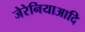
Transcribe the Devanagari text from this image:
जेरेनियाआदि